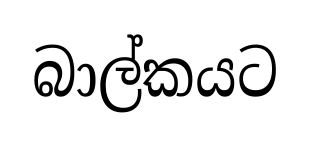
බාල්කයට